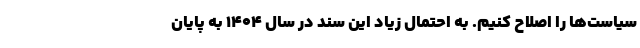
سیاست‌ها را اصلاح کنیم. به احتمال زیاد این سند در سال ۱۴۰۴ به پایان